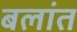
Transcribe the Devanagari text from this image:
बलांत